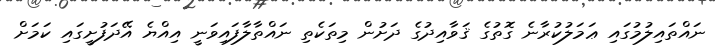
ނައްތައިލުމުގައި ޢަމަލުކުރާނެ ގޮތުގެ ޤަވާއިދުގެ ދަށުން މިތަކެތި ނައްތާލާފައިވަނީ އިއްޔެ އޭދަފުށީގައި ކަމަށް